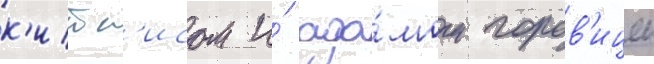
к'итс'исом и́ ада́мом горов'ицем